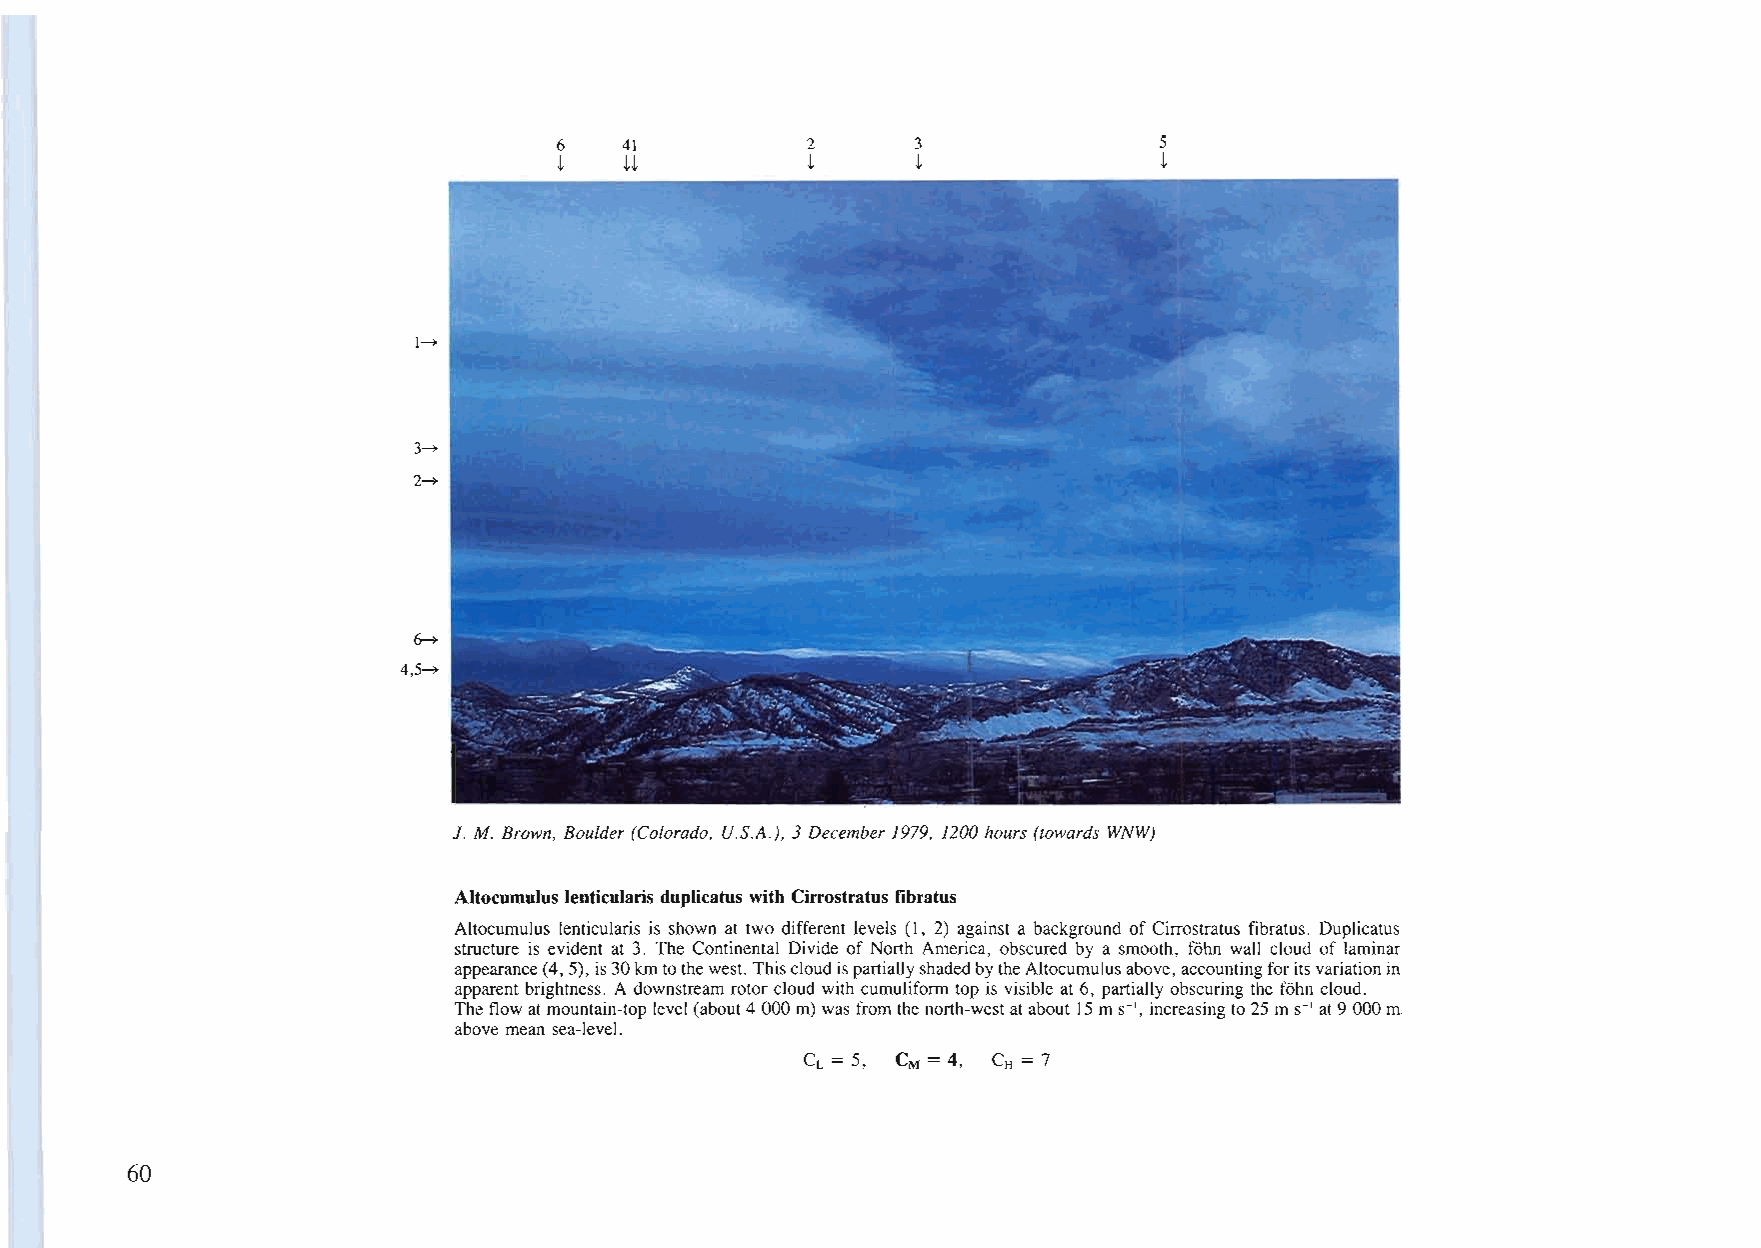
6   41          2       3               5
 ~   H           ~       ~               ~
 1--+
 3--+
 2--+
 6--+
 4,5--+
 J. M. Brown, Boulder (Colorado, U.S.A.), 3 December 1979. 1200 hours (towards WNW)
 Altocumulus lenticularis duplicatus with Cirrostratus libratus
 Altocumulus lenticularis is shown at two different levels (I, 2) against a background of Cirrostratus fibratus. Duplicatus
 structure is evident at 3. The Continental Divide of North America, obscured by a smooth, fOhn wall cloud of laminar
 appearance(4,5),is30kmtothewest. ThiscloudispartiallyshadedbytheAltocumulusabove, accountingforitsvariationin
 apparent brightness. A downstream rotor cloud with cumuliform top is visible at 6, partially obscuring the fohn cloud.
 Theflow atmountain-toplevel (about4000m) wasfrom the north-westatabout 15 ms-I, increasingto 25 mS-I at9000m.
 above mean sea-level.
 CL = 5, CM = 4, CH = 7
 60